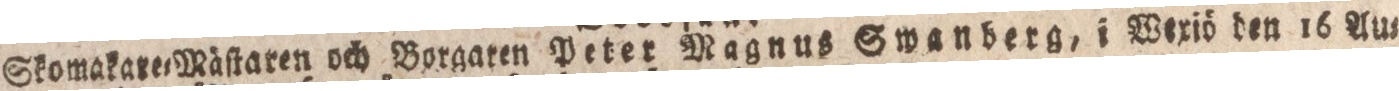
Skomakare=Mäſtaren och Borgaren Peter Magnus Swanberg, i Wexiö den 16 Au=